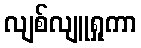
လျစ်လျူရှုကာ